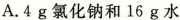
A.4g氯化钠和16g水